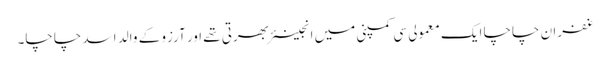
غفران چاچا ایک معمولی سی کمپنی میں انجینئر بھرتی تھے اور آرزو کے والد اسد چاچا۔